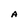
Character: A